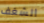
الشغف